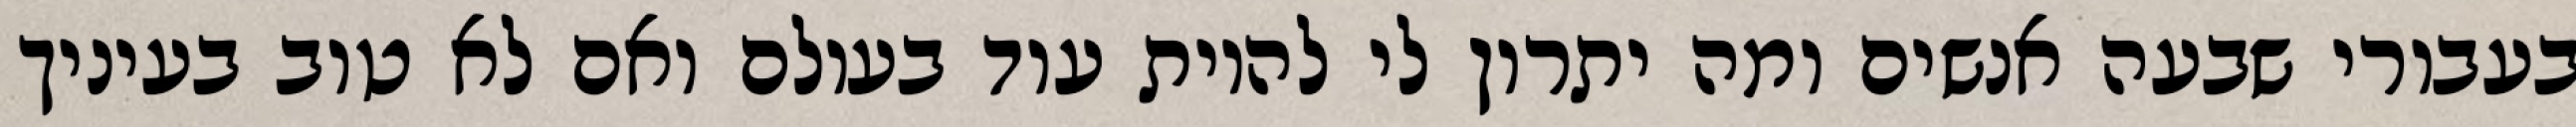
בעבורי שבעה אנשים ומה יתרון לי להיות עוד בעולם ואם לא טוב בעיניך